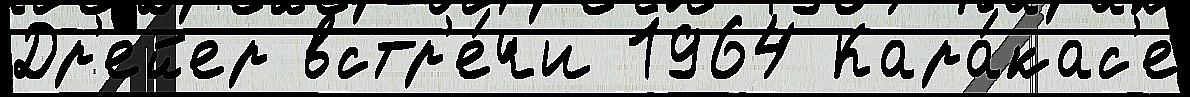
Др'ейер встр'е́чи 1964 Кара́кас'е